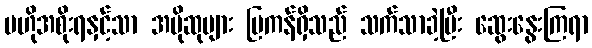
ဗဟိုအစိုးရနှင့်သာ အပိုဆုများ မြကန်ရှိသည် သက်သာခဲ့ပြီး ဆွေးနွေးကြရာ